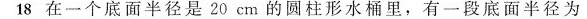
18 在一个底面半径是20cm的圆柱形水桶里，有一段底面半径为